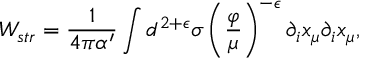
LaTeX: { \cal W } _ { s t r } = \frac { 1 } { 4 \pi \alpha ^ { \prime } } \int d ^ { 2 + \epsilon } \sigma \left( \frac { \varphi } { \mu } \right) ^ { - \epsilon } \partial _ { i } x _ { \mu } \partial _ { i } x _ { \mu } ,